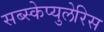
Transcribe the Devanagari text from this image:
सब्स्केप्युलेरिस